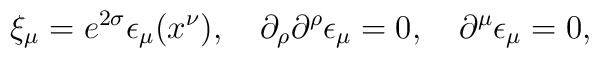
\xi_\mu = e^{2\sigma}\epsilon_\mu(x^\nu), \quad\partial_\rho \partial^\rho \epsilon_\mu = 0,\quad \partial^\mu \epsilon_\mu = 0,